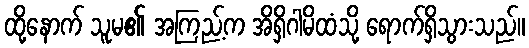
ထို့နောက် သူမ၏ အကြည့်က အိရှိဂါမိထံသို့ ရောက်ရှိသွားသည်။